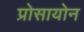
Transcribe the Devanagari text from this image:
प्रोसायोन